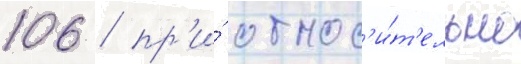
106 / пр'и́ относ'и́т'ельно